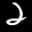
Label: 2